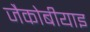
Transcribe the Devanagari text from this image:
जैकोबीयाइ